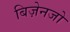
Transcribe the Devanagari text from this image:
बिज़ेनजो